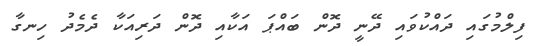
ފިލްމުގައި ދައްކުވައި ދޭނީ ދޮން ބައްޕަ އަކާއި ދޮން ދަރިއަކާ ދެމެދު ހިނގާ